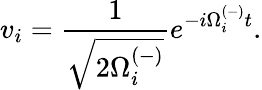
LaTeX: v_{i}=\frac{1}{\sqrt{2\Omega_{i}^{(-)}}}e^{-i\Omega_{i}^{(-)}t}.